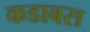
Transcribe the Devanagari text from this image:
कडाबरा